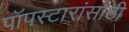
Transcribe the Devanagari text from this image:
पॉपस्टारांसाठी